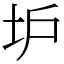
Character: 𡉴